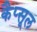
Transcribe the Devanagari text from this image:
कैप्‍सूल